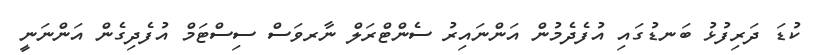
ކުޑަ ދަރިފުޅު ބަނޑުގައި އުފެދެމުން އަންނައިރު ސެންޓްރަލް ނާރވަސް ސިސްޓަމް އުފެދިގެން އަންނަނީ